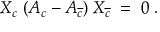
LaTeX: X _ { c } \; ( A _ { c } - A _ { \overline { { { c } } } } ) \: X _ { \overline { { { c } } } } \; = \; 0 \; .